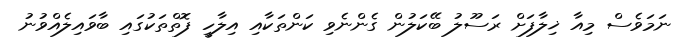
ނަމަވެސް މިއާ ޚިލާފަށް ރަސޫލު ބޭކަލުން ގެންނެވި ކަންތަކާއި އިލާހީ ފޮތްތަކުގައި ބާވައިލެއްވުނު